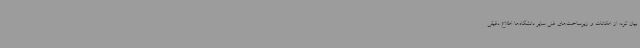
بیان کرد: از امکانات و زیرساخت‌های فنی سایر دانشگاه‌ها اطلاع دقیقی